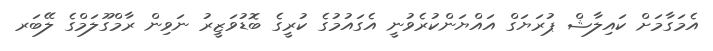
އެމަގާމަށް ކައިލާޝް ޕުރަޔަގް އައްޔަންކުރެވުނީ އެގައުމުގެ ކުރީގެ ބޮޑުވަޒީރު ނަވިން ރާމްގޫލަމްގެ ލޭބަރ